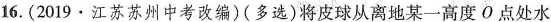
16.(2019·江苏苏州中考改编)(多选)将皮球从离地某一高度O点处水